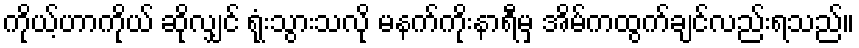
ကိုယ့်ဟာကိုယ် ဆိုလျှင် ရုံးသွားသလို မနက်ကိုးနာရီမှ အိမ်ကထွက်ချင်လည်းရသည်။